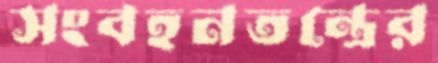
সংবহনতন্ত্রের